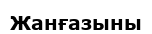
Жанғазыны